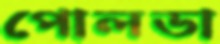
পোলডা